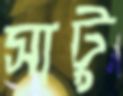
সাটু